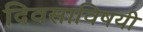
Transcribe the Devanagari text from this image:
दिवसाविषयी